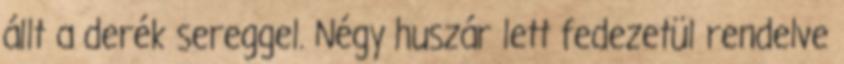
állt a derék sereggel. Négy huszár lett fedezetül rendelve